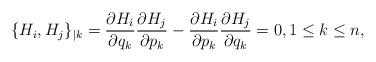
LaTeX: \begin{gather*} \{H_i,H_j\}_{\vert k}=\frac{\partial H_i}{\partial q_k}\frac{\partial H_j}{\partial p_k}-\frac{\partial H_i}{\partial p_k}\frac{\partial H_j}{\partial q_k}=0 , 1\le k \le n,\end{gather*}